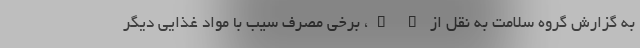
به گزارش گروه سلامت به نقل از " "، برخی مصرف سیب با مواد غذایی دیگر